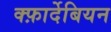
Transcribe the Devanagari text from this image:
क्फ़ार्देबियन